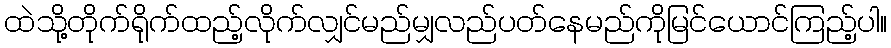
ထဲသို့တိုက်ရိုက်ထည့်လိုက်လျှင်မည်မျှလည်ပတ်နေမည်ကိုမြင်ယောင်ကြည့်ပါ။